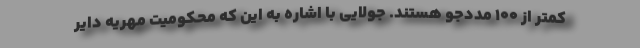
کمتر از ۱۰۰ مددجو هستند. جولایی با اشاره به این که محکومیت مهریه دایر